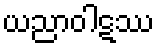
ယညာဝါဋဿ